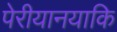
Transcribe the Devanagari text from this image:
पेरीयानयाकि